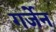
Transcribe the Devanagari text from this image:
गर्जेन